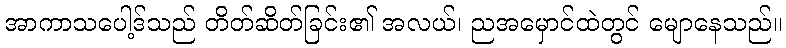
အာကာသပေါ့ဒ်သည် တိတ်ဆိတ်ခြင်း၏ အလယ်၊ ညအမှောင်ထဲတွင် မျောနေသည်။